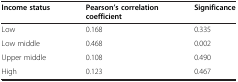
<table><thead><tr><td><b>Income status</b></td><td><b>Pearson’s correlation coefficient</b></td><td><b>Significance</b></td></tr></thead><tbody><tr><td>Low</td><td>0.168</td><td>0.335</td></tr><tr><td>Low middle</td><td>0.468</td><td>0.002</td></tr><tr><td>Upper middle</td><td>0.108</td><td>0.490</td></tr><tr><td>High</td><td>0.123</td><td>0.467</td></tr></tbody></table>